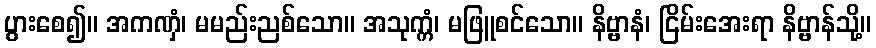
ပွားစေ၍။ အကဏှံ၊ မမည်းညစ်သော။ အသုက္ကံ၊ မဖြူစင်သော။ နိဗ္ဗာနံ၊ ငြိမ်းအေးရာ နိဗ္ဗာန်သို့။